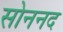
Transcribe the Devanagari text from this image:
सोननद